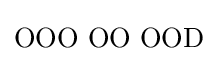
\mathrm {OOO\,\,OO\,\,OOD}